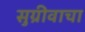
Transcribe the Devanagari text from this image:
सुग्रीवाचा